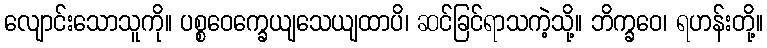
လျောင်းသောသူကို။ ပစ္စဝေက္ခေယျသေယျထာပိ၊ ဆင်ခြင်ရာသကဲ့သို့။ ဘိက္ခဝေ၊ ရဟန်းတို့။